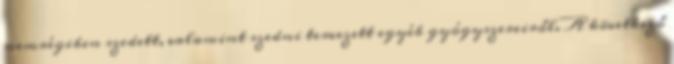
nemrégiben szedett, valamint szedni tervezett egyéb gyógyszereiről. A következő